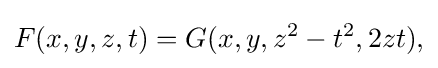
F(x,y,z,t)=G(x,y,z^{2}-t^{2},2zt),\,\!